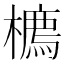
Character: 𪴇